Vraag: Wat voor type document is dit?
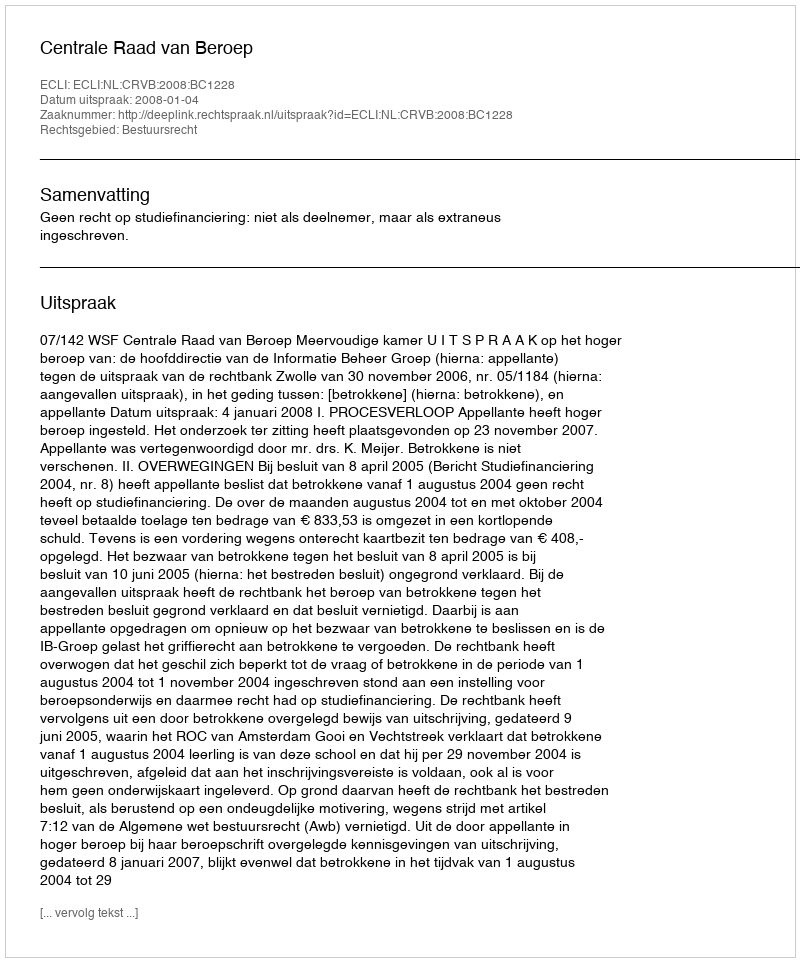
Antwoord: Uitspraak